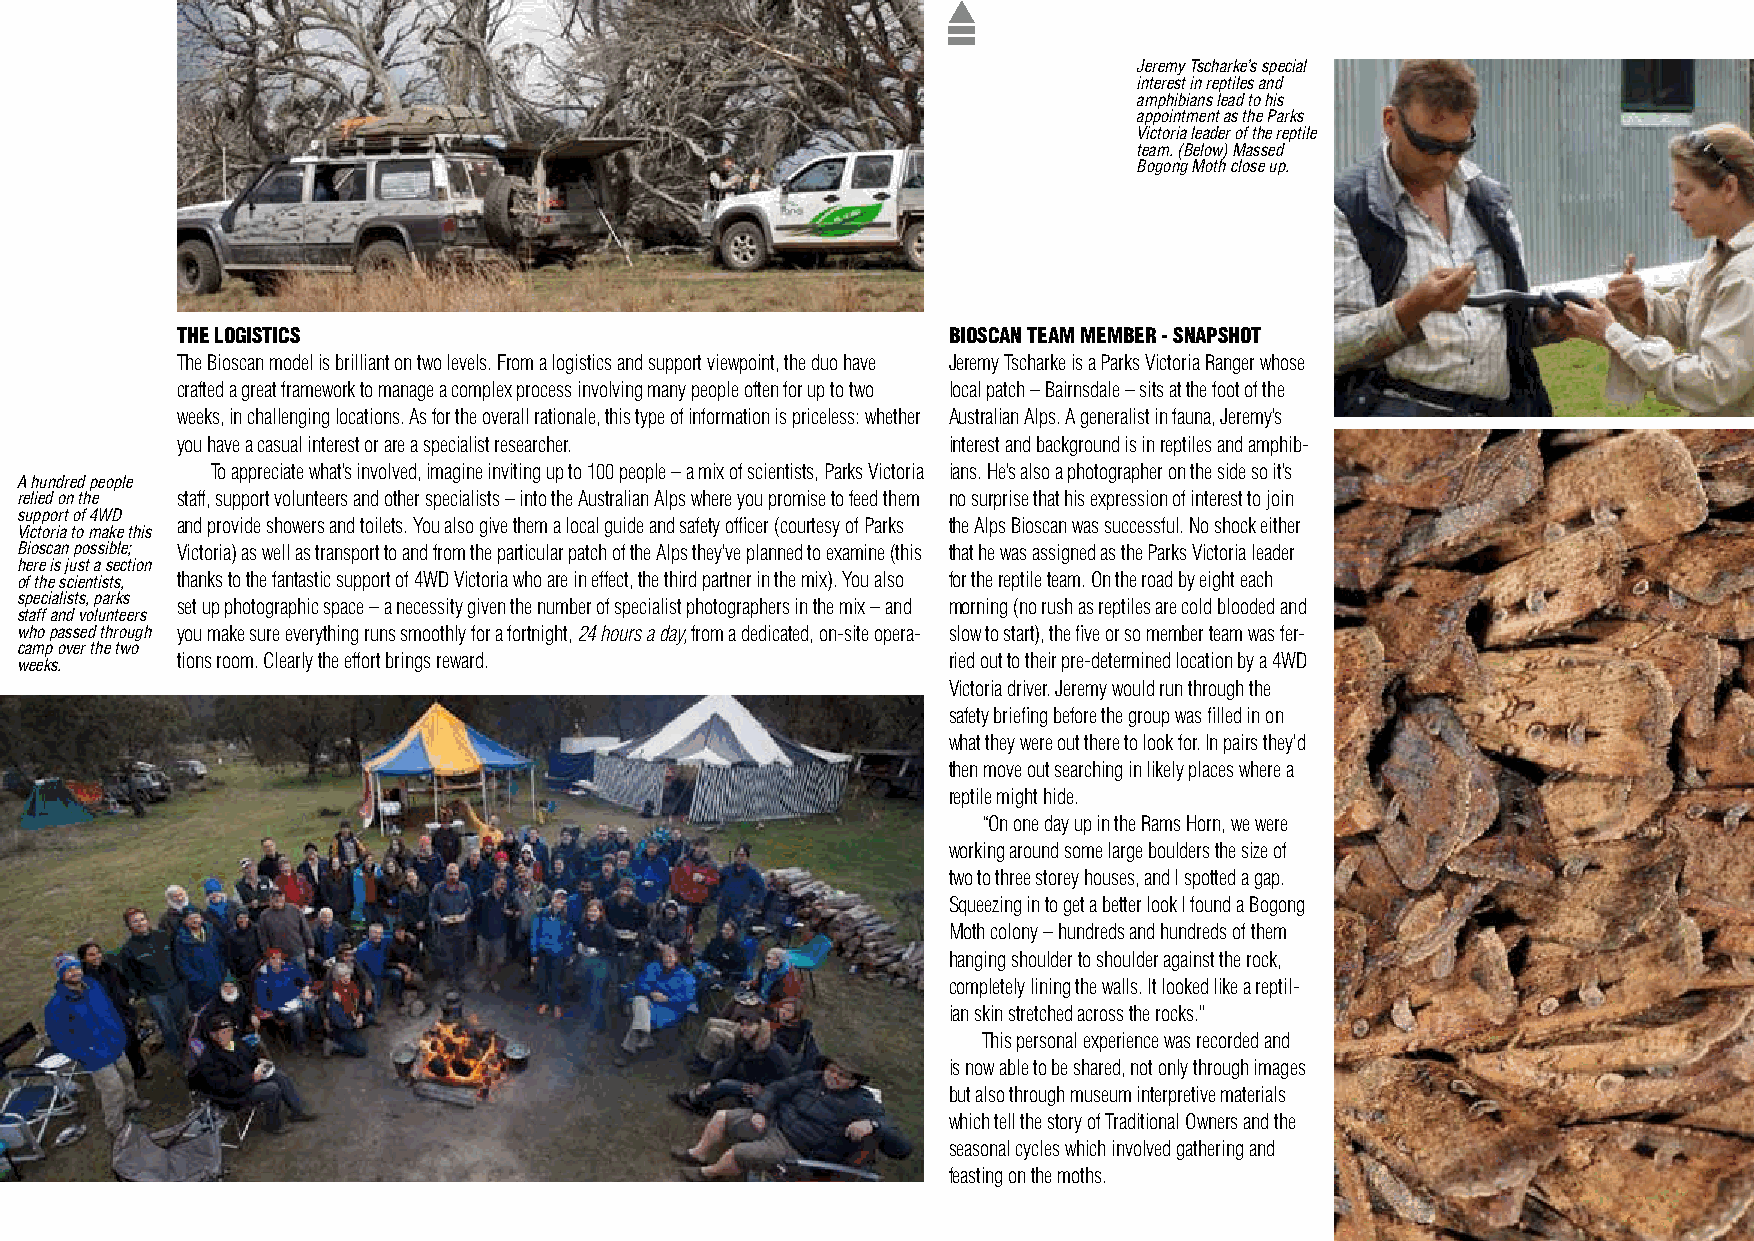
Jeremy Tscharke’s special
 interest in reptiles and
 amphibians lead to his
 appointment as the Parks
 Victoria leader of the reptile
 team. (Below) Massed
 Bogong Moth close up.
 THE LOGISTICS                                      BIOSCAN TEAM MEMBER - SNAPSHOT
 The Bioscan model is brilliant on two levels. From a logistics and support viewpoint, the duo have Jeremy Tscharke is a Parks Victoria Ranger whose
 crafted a great framework to manage a complex process involving many people often for up to two local patch – Bairnsdale – sits at the foot of the
 weeks, in challenging locations. As for the overall rationale, this type of information is priceless: whether Australian Alps. A generalist in fauna, Jeremy’s
 you have a casual interest or are a specialist researcher. interest and background is in reptiles and amphib-
 To appreciate what’s involved, imagine inviting up to 100 people – a mix of scientists, Parks Victoria ians. He’s also a photographer on the side so it’s
 A hundred people
 relied on the staff, support volunteers and other specialists – into the Australian Alps where you promise to feed them no surprise that his expression of interest to join
 support of 4WD
 and provide showers and toilets. You also give them a local guide and safety officer (courtesy of Parks the Alps Bioscan was successful. No shock either
 Victoria to make this
 Bioscan possible; Victoria) as well as transport to and from the particular patch of the Alps they’ve planned to examine (this that he was assigned as the Parks Victoria leader
 here is just a section
 of the scientists, thanks to the fantastic support of 4WD Victoria who are in effect, the third partner in the mix). You also for the reptile team. On the road by eight each
 specialists, parks
 set up photographic space – a necessity given the number of specialist photographers in the mix – and morning (no rush as reptiles are cold blooded and
 staff and volunteers
 who passed through you make sure everything runs smoothly for a fortnight, 24 hours a day, from a dedicated, on-site opera- slow to start), the five or so member team was fer-
 camp over the two
 weeks.     tions room. Clearly the effort brings reward.      ried out to their pre-determined location by a 4WD
 Victoria driver. Jeremy would run through the
 safety briefing before the group was filled in on
 what they were out there to look for. In pairs they’d
 then move out searching in likely places where a
 reptile might hide.
 “On one day up in the Rams Horn, we were
 working around some large boulders the size of
 two to three storey houses, and I spotted a gap.
 Squeezing in to get a better look I found a Bogong
 Moth colony – hundreds and hundreds of them
 hanging shoulder to shoulder against the rock,
 completely lining the walls. It looked like a reptil-
 ian skin stretched across the rocks.”
 This personal experience was recorded and
 is now able to be shared, not only through images
 but also through museum interpretive materials
 which tell the story of Traditional Owners and the
 seasonal cycles which involved gathering and
 feasting on the moths.